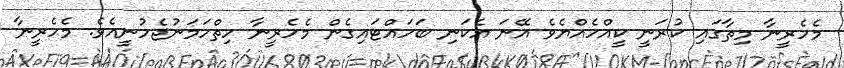
މެހެރީނާ މިތާގައި ކުރަނީ ކީއްހެއްޔެވެ އޭނަ އެކަނި ބަހައްޓައިގެން މެހެރީނާ ހިތްހަމަނުޖެހުނީއެވެ. މެހެރީނާ